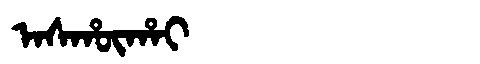
Manchu: ᠠᠰᡥᡡᡥᠠᡳ
Romanization: ASHŪHAI